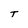
Character: T